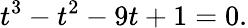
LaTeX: t^{3}-t^{2}-9t+1=0.